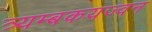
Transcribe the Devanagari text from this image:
त्र्यम्बकयज्वन